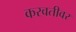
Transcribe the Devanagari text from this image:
करवतीवर